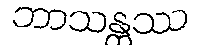
ဘာသန္တဿ